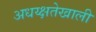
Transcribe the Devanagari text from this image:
अधय्क्षतेखाली